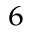
_ 6